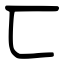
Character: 匸